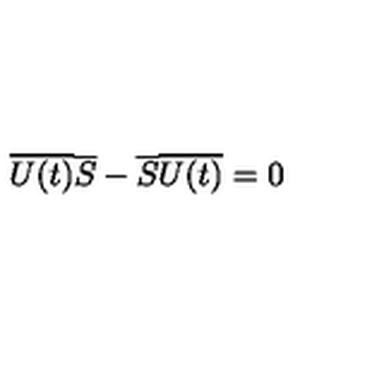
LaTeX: \overline { { U ( t ) } } \overline { { S } } - \overline { { S } } \overline { { U ( t ) } } = 0